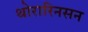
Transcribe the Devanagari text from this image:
थोरारिनसन